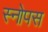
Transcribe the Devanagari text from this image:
स्नोपस